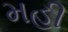
મહી